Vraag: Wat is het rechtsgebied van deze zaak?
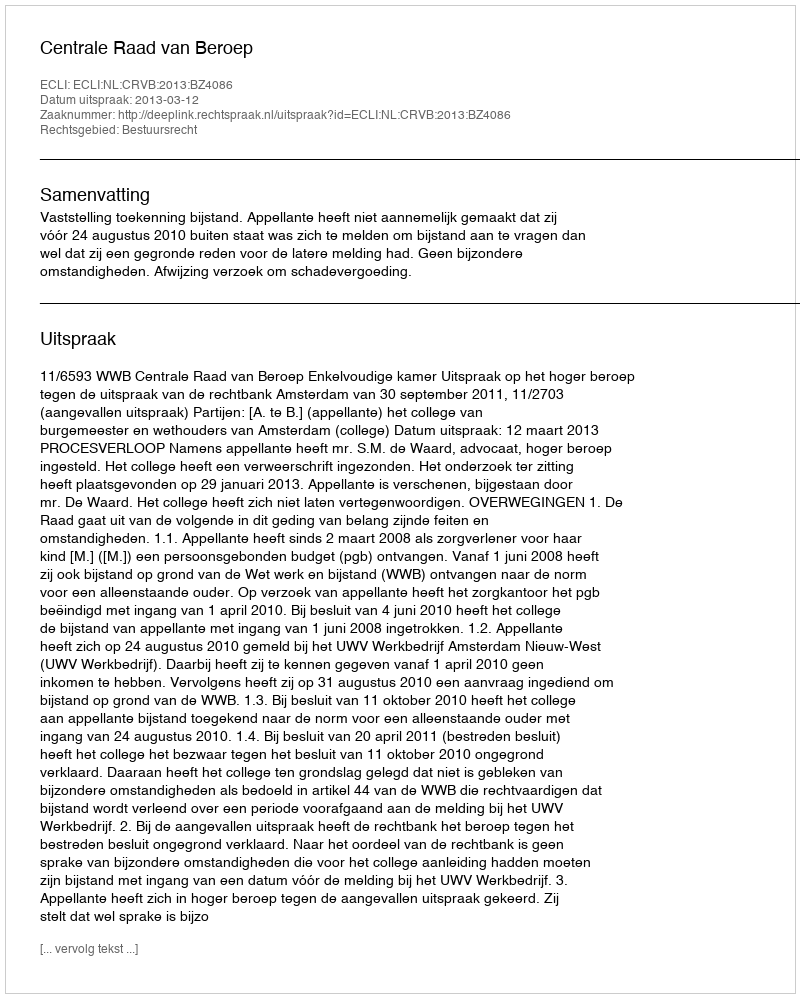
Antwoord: Bestuursrecht